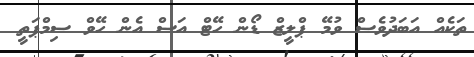
ތަކެއް އަބަދުވެސް ވުމޭ ޕްލީޒް ޑޯން ހޭޓް އަސް އެން ހޭވް ސިމްޕަތީ